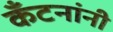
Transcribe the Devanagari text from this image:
कँटनांनी